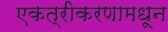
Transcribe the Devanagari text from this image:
एकत्रीकरणामधून